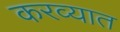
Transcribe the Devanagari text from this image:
करव्यात